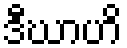
ဒီဃာဟိ